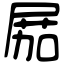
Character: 𡲢